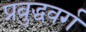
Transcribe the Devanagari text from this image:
प्रबुद्धवर्ग